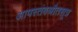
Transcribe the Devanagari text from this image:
आपस्तंबश्रौतसूत्र